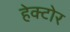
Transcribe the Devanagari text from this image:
हेक्टोर